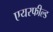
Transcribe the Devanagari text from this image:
एयरफील्‍ड